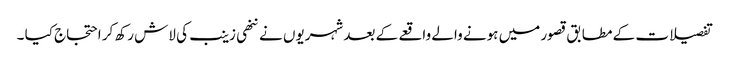
تفصیلات کے مطابق قصور میں ہونے والے واقعے کے بعد شہریوں نے ننھی زینب کی لاش رکھ کر احتجاج کیا ۔